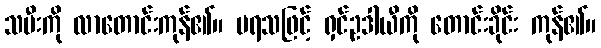
သမီးကို လာတောင်းကုန်၏။ မရသဖြင့် ရှင်ဥဒါယီကို တောင်းခိုင်း ကုန်၏။